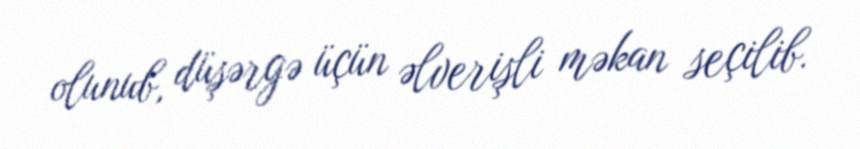
olunub, düşərgə üçün əlverişli məkan seçilib.